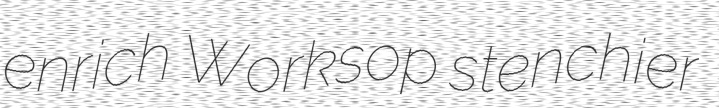
enrich Worksop stenchier